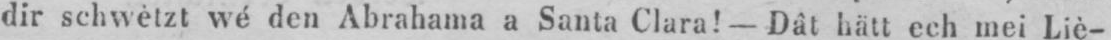
dir schwetzt wé den Abrahame a Santa Clara! -Dât hätt ech mei Liè-